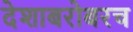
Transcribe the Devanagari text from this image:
देशाबरोबरच